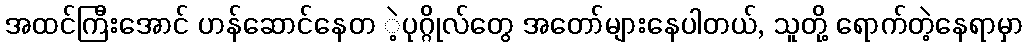
အထင်ကြီးအောင် ဟန်ဆောင်နေတ ဲ့ပုဂ္ဂိုလ်တွေ အတော်များနေပါတယ်, သူတို့ ရောက်တဲ့နေရာမှာ